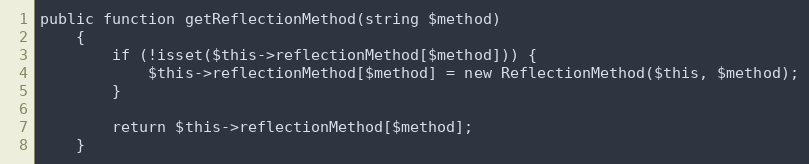
Language: PHP
public function getReflectionMethod(string $method)
    {
        if (!isset($this->reflectionMethod[$method])) {
            $this->reflectionMethod[$method] = new ReflectionMethod($this, $method);
        }

        return $this->reflectionMethod[$method];
    }